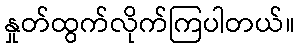
နှုတ်ထွက်လိုက်ကြပါတယ်။